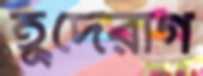
হূদেরাগ